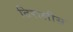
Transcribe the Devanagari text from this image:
तिरालीस